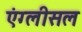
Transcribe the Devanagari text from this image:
एंग्लीसल